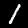
Digit: 1